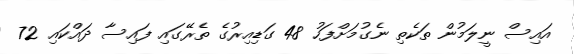
އައިސް ނީލަމުން ތަކެތި ނެގުމަށްފަހު 48 ގަޑިއިރުގެ ތެރޭގައި ފައިސާ ދައްކައި 72